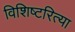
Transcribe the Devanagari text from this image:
विशिष्टरित्या